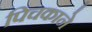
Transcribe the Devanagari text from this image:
पिचकाने